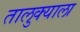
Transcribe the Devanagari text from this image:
तालुक्‍याला